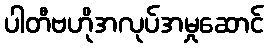
ပါတီဗဟိုအလုပ်အမှုဆောင်